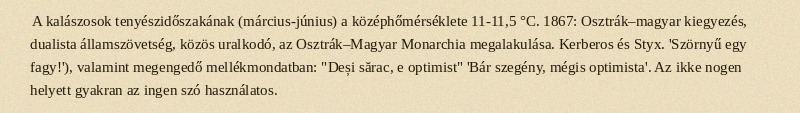
A kalászosok tenyészidőszakának (március-június) a középhőmérséklete 11-11,5 °C. 1867: Osztrák–magyar kiegyezés, dualista államszövetség, közös uralkodó, az Osztrák–Magyar Monarchia megalakulása. Kerberos és Styx. 'Szörnyű egy fagy!'), valamint megengedő mellékmondatban: "Deși sărac, e optimist" 'Bár szegény, mégis optimista'. Az ikke nogen helyett gyakran az ingen szó használatos.